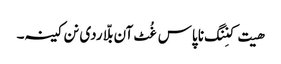
ھیت کنِنگ نا پاس غُٹ آن بلّا ردی نن کینہ۔